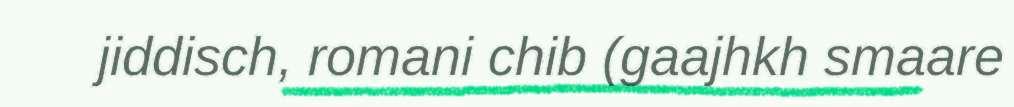
jiddisch, romani chib (gaajhkh smaare